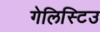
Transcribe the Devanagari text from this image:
गेलिस्टिउ